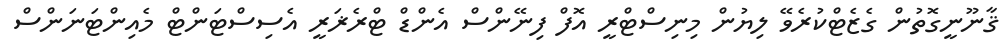
ޤާނޫނީގޮތުން ގެޒެޓްކުރެވޭ ލިޔުން މިނިސްޓްރީ އޮފް ފިނޭންސް އެންޑް ޓްރެޜަރީ އެސިސްޓަންޓް މެއިންޓަނަންސް